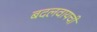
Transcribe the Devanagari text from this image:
बदलवायची